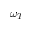
\omega _ { T }